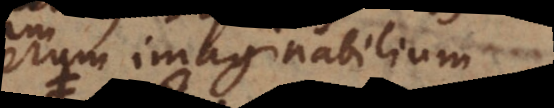
rerum imaginabilium